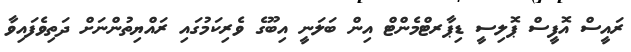
ރައީސް އޮފީސް ޕޮލިސީ ޑިޕާރޓްމެންޓް އިން ބަލަނީ އިބޫގެ ވެރިކަމުގައި ރައްޔިތުންނަށް ދަތިވެފައިވާ